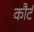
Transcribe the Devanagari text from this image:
कौर्ट